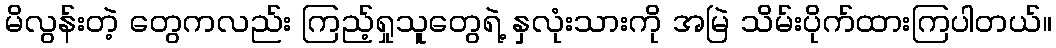
မိလွန်းတဲ့ တွေကလည်း ကြည့်ရှုသူတွေရဲ့ နှလုံးသားကို အမြဲ သိမ်းပိုက်ထားကြပါတယ်။